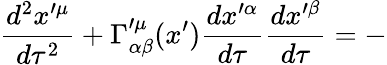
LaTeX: \frac{d^{2}x^{\prime\mu}}{d\tau^{2}}+\Gamma_{\alpha\beta}^{\prime\mu}(x^{\prime})\frac{dx^{\prime\alpha}}{d\tau}\frac{dx^{\prime\beta}}{d\tau}=-